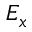
E _ { x }